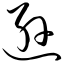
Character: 逊